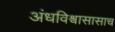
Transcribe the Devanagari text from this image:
अंधविश्वासासाच